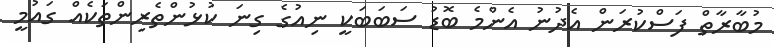
މުބާރާތް ފަސްކުރަން އެދުނު އެންމެ ބޮޑު ސަބަބަކީ ނިއުގެ ގިނަ ކުޅުންތެރިންތަކެއް ގައުމީ